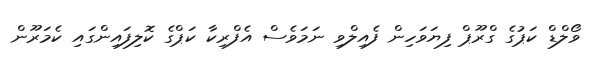
ވޯލްޑް ކަޕުގެ ގްރޫޕް ފިޔަވަހިން ފެއިލްވި ނަމަވެސް އެފްރިކާ ކަޕްގެ ކޮލިފައިންގައި ކެމަރޫން